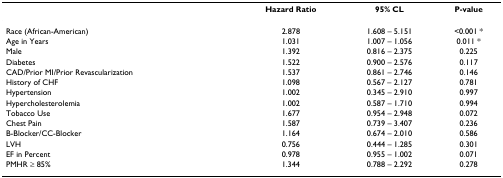
<table><thead><tr><td></td><td><b>Hazard Ratio</b></td><td><b>95% CL</b></td><td><b>P-value</b></td></tr></thead><tbody><tr><td>Race (African-American)</td><td>2.878</td><td>1.608 – 5.151</td><td>&lt;0.001 *</td></tr><tr><td>Age in Years</td><td>1.031</td><td>1.007 – 1.056</td><td>0.011 *</td></tr><tr><td>Male</td><td>1.392</td><td>0.816 – 2.375</td><td>0.225</td></tr><tr><td>Diabetes</td><td>1.522</td><td>0.900 – 2.576</td><td>0.117</td></tr><tr><td>CAD/Prior MI/Prior Revascularization</td><td>1.537</td><td>0.861 – 2.746</td><td>0.146</td></tr><tr><td>History of CHF</td><td>1.098</td><td>0.567 – 2.127</td><td>0.781</td></tr><tr><td>Hypertension</td><td>1.002</td><td>0.345 – 2.910</td><td>0.997</td></tr><tr><td>Hypercholesterolemia</td><td>1.002</td><td>0.587 – 1.710</td><td>0.994</td></tr><tr><td>Tobacco Use</td><td>1.677</td><td>0.954 – 2.948</td><td>0.072</td></tr><tr><td>Chest Pain</td><td>1.587</td><td>0.739 – 3.407</td><td>0.236</td></tr><tr><td>B-Blocker/CC-Blocker</td><td>1.164</td><td>0.674 – 2.010</td><td>0.586</td></tr><tr><td>LVH</td><td>0.756</td><td>0.444 – 1.285</td><td>0.301</td></tr><tr><td>EF in Percent</td><td>0.978</td><td>0.955 – 1.002</td><td>0.071</td></tr><tr><td>PMHR ≥ 85%</td><td>1.344</td><td>0.788 – 2.292</td><td>0.278</td></tr></tbody></table>